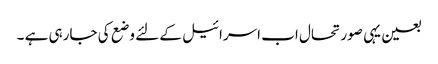
بعین یہی صورتحال اب اسرائیل کے لئے وضع کی جارہی ہے ۔